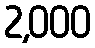
2,000